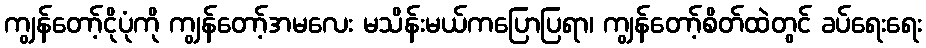
ကျွန်တော့်ငိုပုံကို ကျွန်တော့်အမလေး မသိန်းမယ်ကပြောပြရာ၊ ကျွန်တော့်စိတ်ထဲတွင် ခပ်ရေးရေး